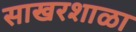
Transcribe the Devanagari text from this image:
साखरशाळा